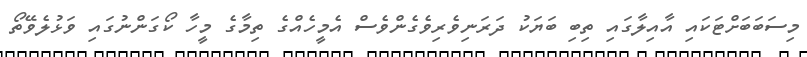
މިސަބަބަށްޓަކައި އާއިލާގައި ތިބި ބަޔަކު ދަރަނިވެރިވެގެންވެސް އެމީހެއްގެ ތިމާގެ މީހާ ކޯގަންނުގައި ވަޅުލެވޭތޯ